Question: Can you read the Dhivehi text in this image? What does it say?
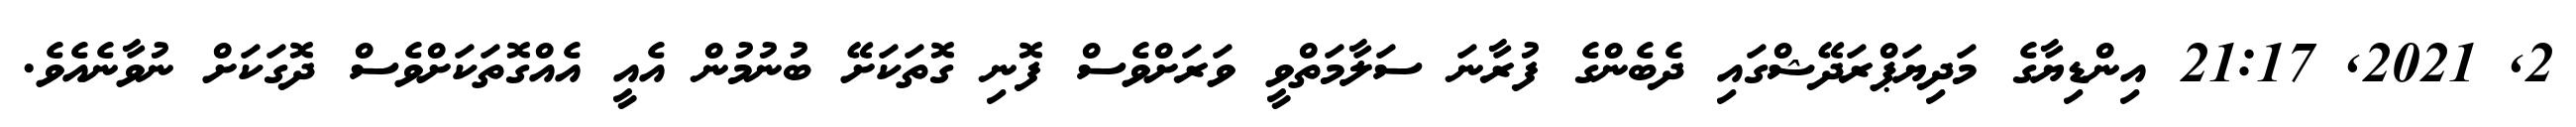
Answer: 2, 2021, 21:17 އިންޑިޔާގެ މަދިޔަޕްރަދޭޝްގައި ދެބެންގެ ފުރާނަ ސަލާމަތްވީ ވަރަށްވެސް ފޮނި ގޮތަކަށޭ ބުނުމުން އެއީ އެއްގޮތަކަށްވެސް ދޮގަކަށް ނުވާނެއެވެ.